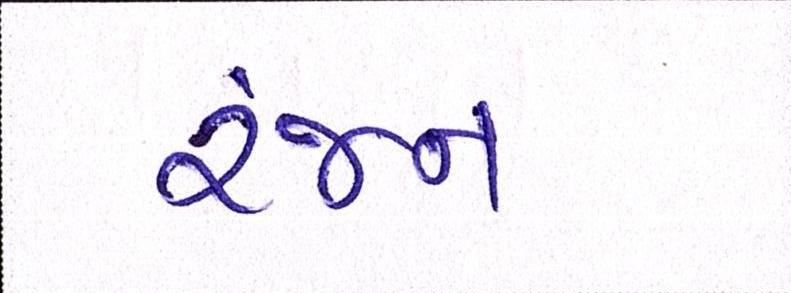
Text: રંજન